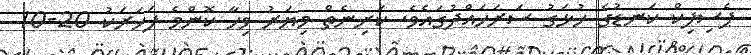
ޕެސިފިކް ކަނޑުގެ ހުޅަގު ސަރަހައްދުގައެވެ. ކަށިނެތް މިޔަރު ވިހާ ކޮންމެ ފަހަރަކު 20-10